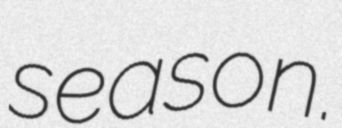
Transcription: season.